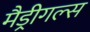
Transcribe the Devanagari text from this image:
मैड्रीगल्स